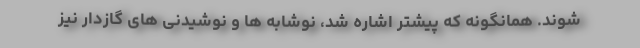
شوند. همانگونه که پیشتر اشاره شد، نوشابه ها و نوشیدنی های گازدار نیز